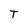
Character: T